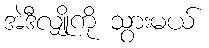
အဲဒီလျှိုကို သွားမယ်